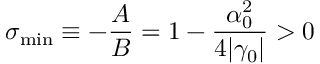
\sigma _ { \mathrm { m i n } } \equiv - \frac { A } { B } = 1 - \frac { \alpha _ { 0 } ^ { 2 } } { 4 | \gamma _ { 0 } | } > 0